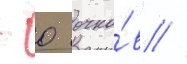
- 0 очко́в //